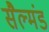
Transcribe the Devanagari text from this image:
सैल्मंड